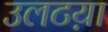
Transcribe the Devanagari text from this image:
उलटय़ा